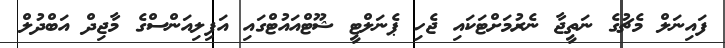
ފައިނަލް މެޗުގެ ނަތީޖާ ނެރުމަށްޓަކައި ޖެހި ޕެނަލްޓީ ޝޫޓްއައުޓްގައި އަފިލިއަންސްގެ މާޖިދް އަބްދުލް